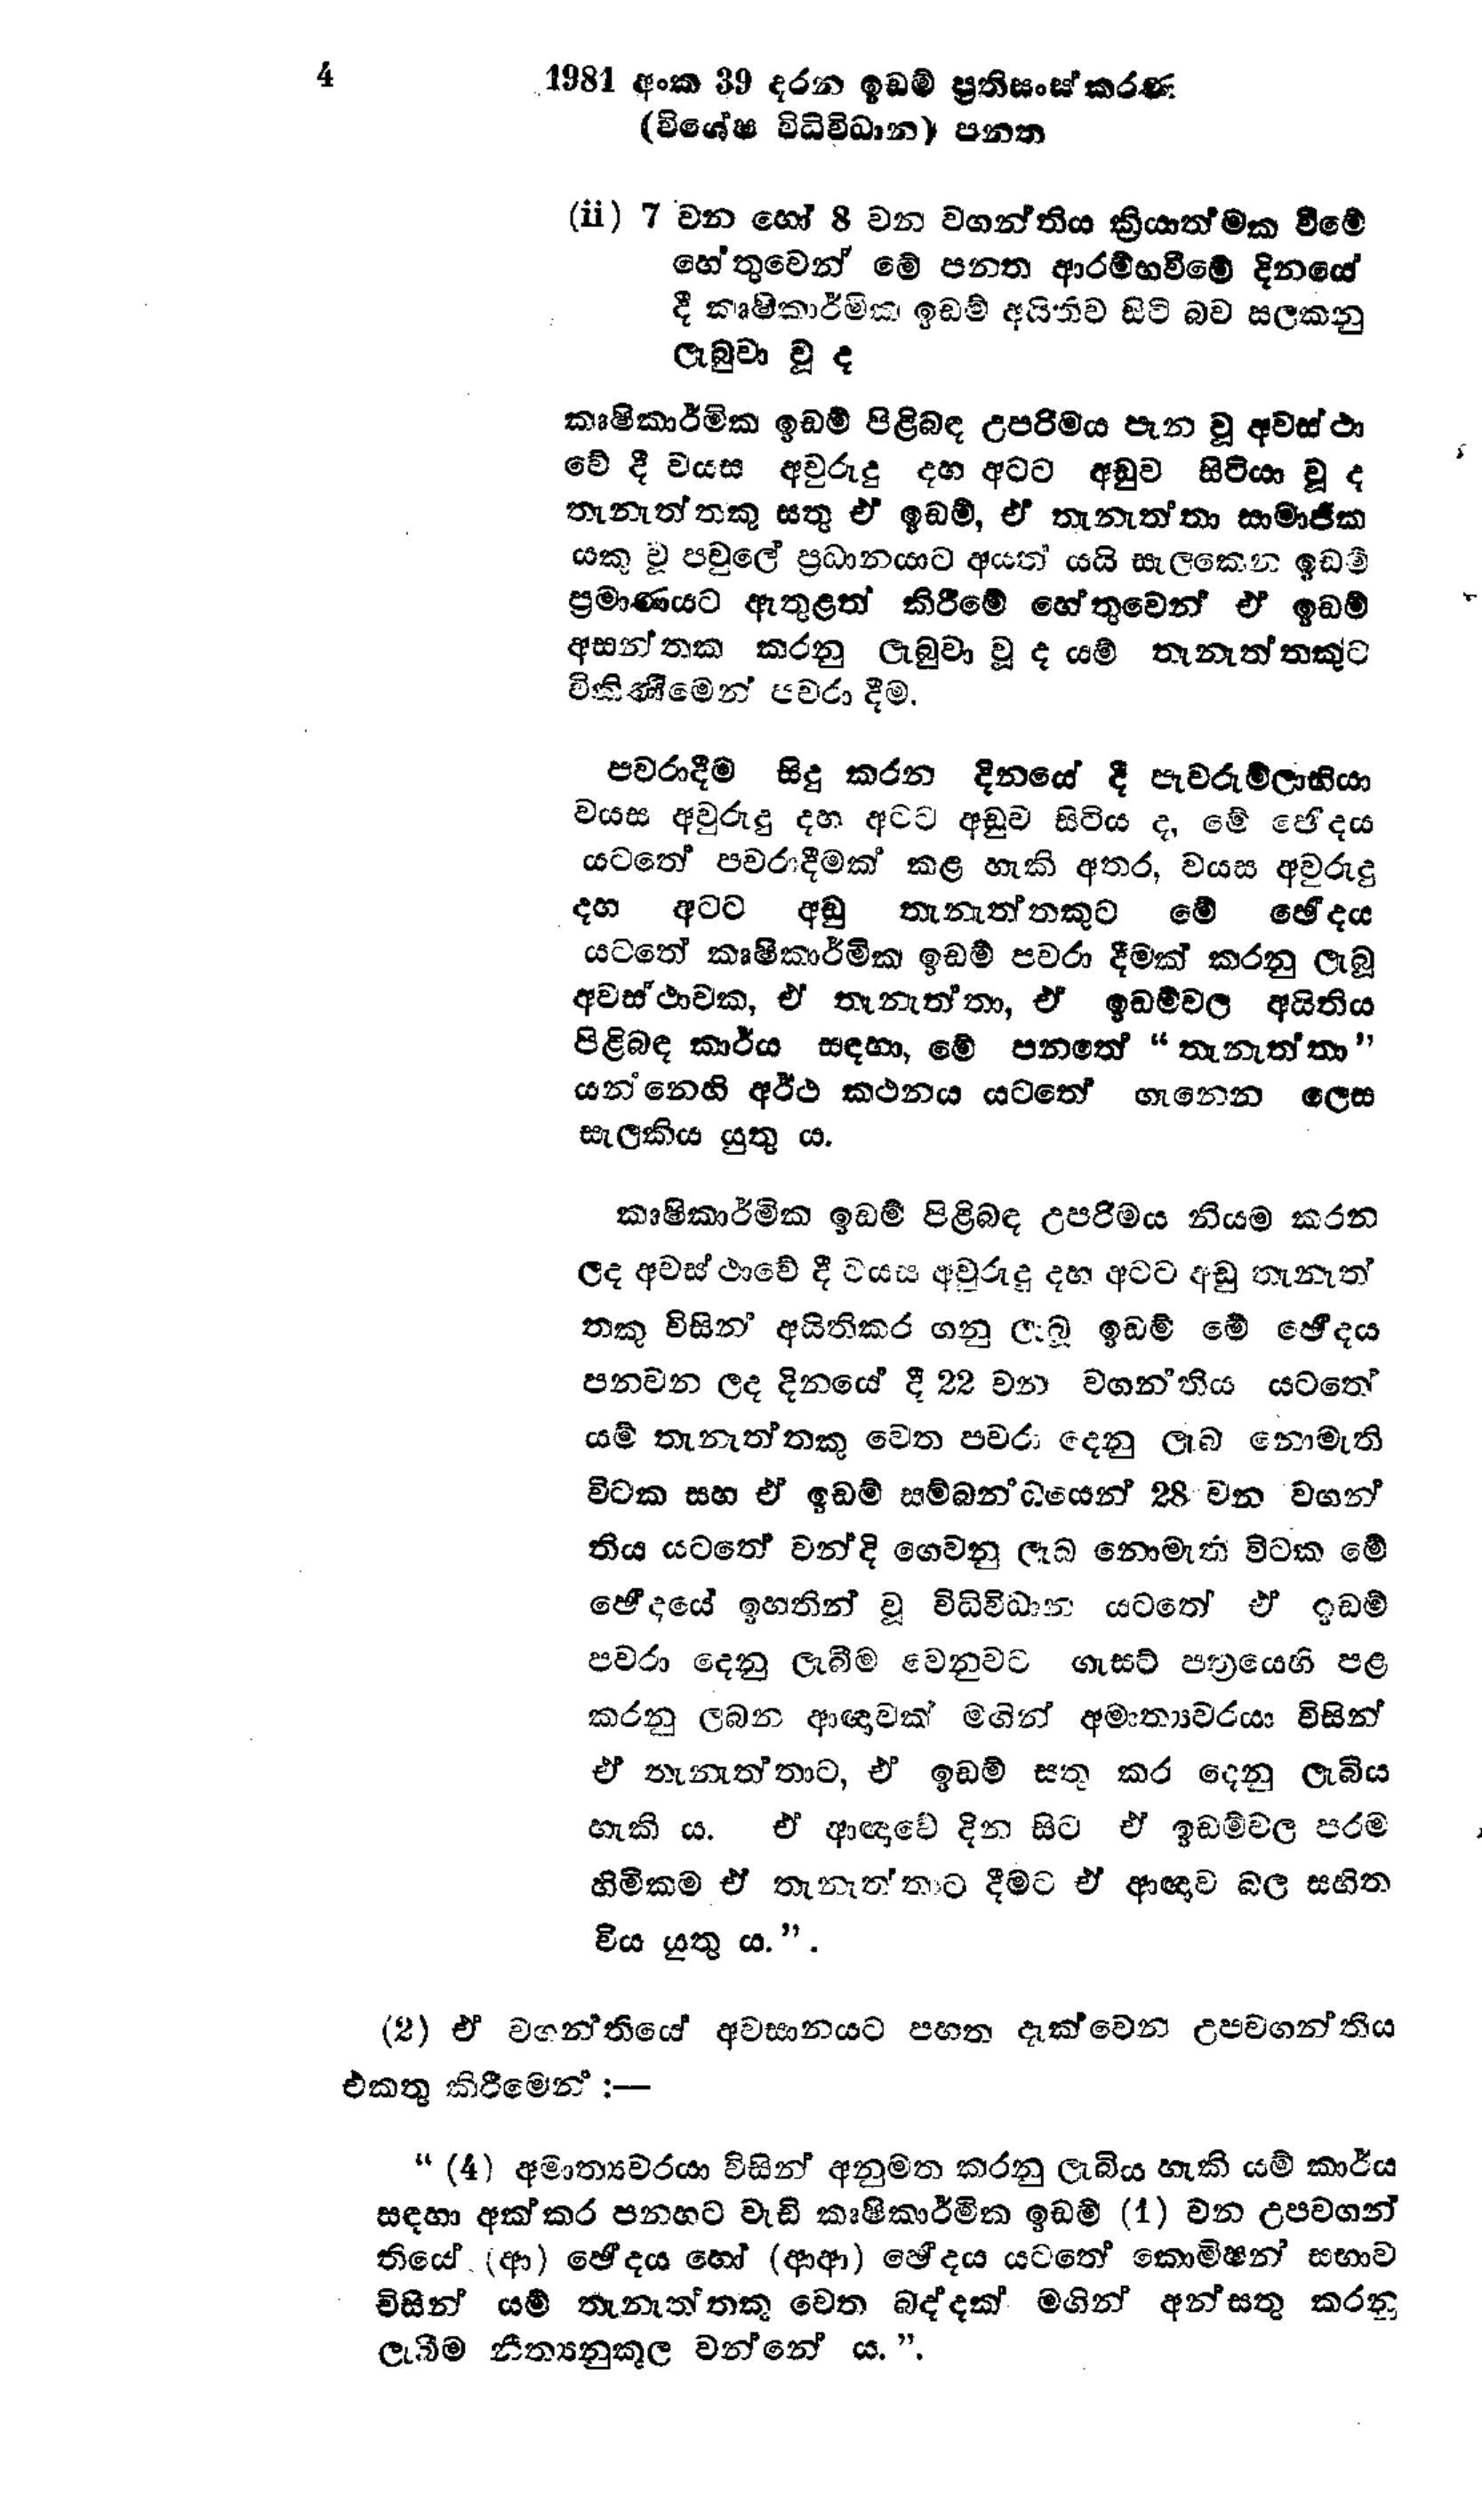
4  1981 අංක 39 දරන ඉඩම් ප්‍රතිසංස්කරණ
(විශේෂ විධිවිධාන) පනත

(i) 7 වන හෝ 8 වන වගන්තිය ක්‍රියාත්මක වීමේ
හේතුවෙන් මේ පනත ආරම්භවීමේ දිනයේ
දී කෘෂිකාර්මික ඉඩම් අයිතිව සිටි බව සලකනු
ලැබුවා වූ ද

කෘෂිකාර්මික ඉඩම් පිළිබඳ උපරිමය පැන වූ අවස්ථා
වේ දී වයස අවුරුදු දහ අටට අඩුව සිටියා වූ ද
තැනැත්තකු සතු ඒ ඉඩම්, ඒ තැනැත්තා සාමාජික
යකු වූ පවුලේ ප්‍රධානයාට අයත් යයි සැලකෙන ඉඩම්
ප්‍රමාණයට ඇතුළත් කිරීමේ හේතුවෙන් ඒ ඉඩම්
අසන්තක කරනු ලැබුවා වූද යම් තැනැත්තකුට
විකිණීමෙන් පවරා දීම.

පවරාදීම සිදු කරන දිනයේ දී පැවරුම්ලාභියා
වයස අවුරුදු දහ අටට අඩුව සිටිය ද, මේ ඡේදය
යටතේ පවරාදීමක් කළ හැකි අතර, වයස අවුරුදු
දහ අටට අඩු තැනැත්තකුට මේ ඡේදය
යටතේ කෘෂිකාර්මික ඉඩම් පවරා දීමක් කරනු ලැබූ
අවස්ථාවක, ඒ තැනැත්තා, ඒ ඉඩම්වල අයිතිය
පිළිබඳ කාර්ය සඳහා, මේ පනතේ "තැනැත්තා"
යන්නෙහි අර්ථ කථනය යටතේ ගැනෙන ලෙස
සැලකිය යුතු ය.

කෘෂිකාර්මික ඉඩම් පිළිබඳ උපරිමය නියම කරන
ලද අවස්ථාවේ දී වයස අවුරුදු දහ අටට අඩු තැනැත්
තකු විසින් අයිතිකර ගනු ලැබූ ඉඩම් මේ ඡේදය
පනවන ලද දිනයේ දී 22 වන වගන්තිය යටතේ
යම් තැනැත්තකු වෙත පවරා දෙනු ලැබ නොමැති
විටක සහ ඒ ඉඩම් සම්බන්ධයෙන් 28 වන වගන්
තිය යටතේ වන්දි ගෙවනු ලැබ නොමැති විටක මේ
ඡේදයේ ඉහතින් වූ විධිවිධාන යටතේ ඒ ඉඩම්
පවරා දෙනු ලැබීම වෙනුවට ගැසට් පත්‍රයෙහි පළ
කරනු ලබන ආඥාවක් මගින් අමාත්‍යවරයා විසින්
ඒ තැනැත්තාට, ඒ ඉඩම් සතු කර දෙනු ලැබිය
හැකිය. ඒ ආඥාවේ දින සිට ඒ ඉඩම්වල පරම
හිමිකම ඒ තැනැත්තාට දීමට ඒ ආඥාව බල සහිත
විය යුතු ය.".

(2) ඒ වගන්තියේ අවසානයට පහත දැක්වෙන උපවගන්තිය
එකතු කිරීමෙන් :-

"(4) අමාත්‍යවරයා විසින් අනුමත කරනු ලැබිය හැකි යම් කාර්ය
සඳහා අක්කර පනහට වැඩි කෘෂිකාර්මික ඉඩම් (1) වන උපවගන්
තියේ (ආ)ඡේදය හෝ (ආආ) ඡේදය යටතේ කොමිෂන් සභාව
විසින් යම් තැනැත්තකු වෙත බද්දක් මගින් අන්සතු කරනු
ලැබීම නීත්‍යනුකූල වන්නේ ය.".